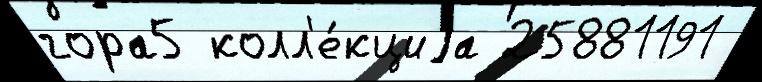
гора5 колл'е́кциjа 25881191